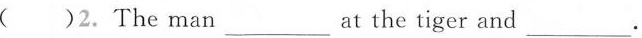
( )2. The man___at the tiger and___.